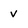
Character: v